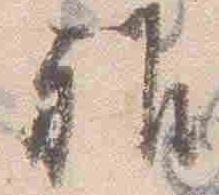
雅